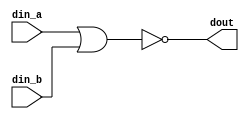
`timescale 1ns/10ps

module nor_gate(
    din_a,
    din_b,
    dout
);

input din_a, din_b;
output dout;

assign dout = ~(din_a | din_b);

endmodule